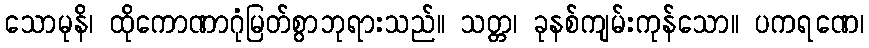
သောမုနိ၊ ထိုကောဏာဂုံမြတ်စွာဘုရားသည်။ သတ္တ၊ ခုနစ်ကျမ်းကုန်သော။ ပကရဏေ၊